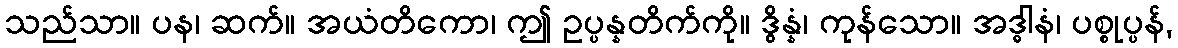
သည်သာ။ ပန၊ ဆက်။ အယံတိကော၊ ဤ ဥပ္ပန္နတိက်ကို။ ဒွိန္နံ၊ ကုန်သော။ အဒ္ဓါနံ၊ ပစ္စုပ္ပန်,